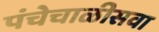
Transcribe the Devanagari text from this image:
पंचेचाळीसवा